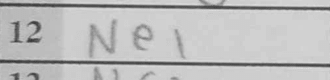
Transcription: Ne1